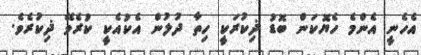
އެހެނީ އެންމެ ހެޔޮކަން ބޮޑު ޛިކުރަކީ ހިތާ ދުލުން އެކުއެކީ ކުރެވޭ ޛިކުރެވެ.